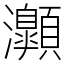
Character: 𤅡